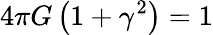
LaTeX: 4\pi G\left(1+\gamma^{2}\right)=1